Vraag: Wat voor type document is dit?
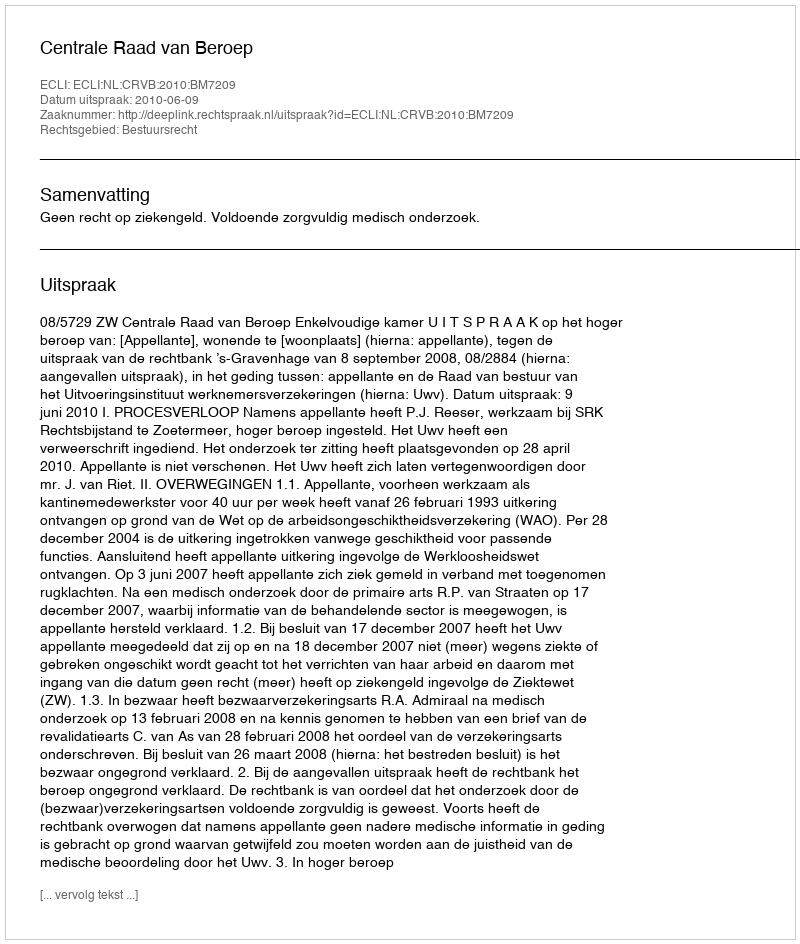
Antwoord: Uitspraak